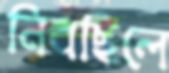
নিবছিলে